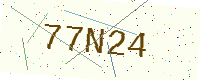
Text: 77N24